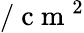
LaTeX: /\mathrm{~c~m~}^{2}